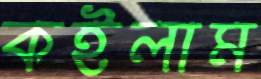
কইলাম